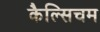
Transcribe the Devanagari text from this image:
कैल्सिचम